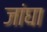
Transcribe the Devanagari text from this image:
जांघा